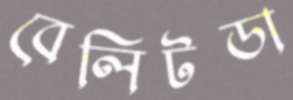
বেলিটডা